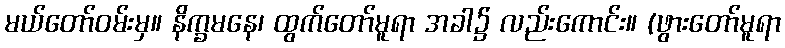
မယ်တော်ဝမ်းမှ။ နိက္ခမနေ၊ ထွက်တော်မူရာ အခါ၌ လည်းကောင်း။ (ဖွားတော်မူရာ